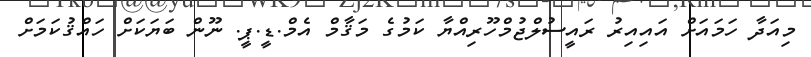
މިއަދާ ހަމައަށް އައިއިރު ރައީސުލްޖުމްހޫރިއްޔާ ކަމުގެ މަޤާމް އެމް.ޑީ.ޕީ. ނޫން ބަޔަކަށް ހައްޤުކަމަށް